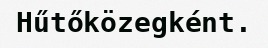
Hűtőközegként.